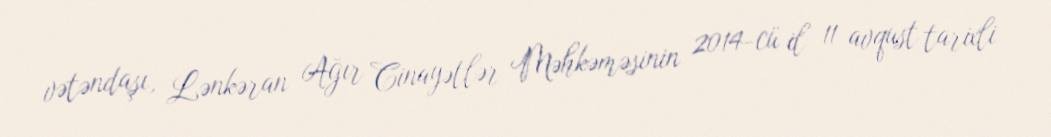
vətəndaşı, Lənkəran Ağır Cinayətlər Məhkəməsinin 2014-cü il 11 avqust tarixli